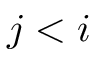
j < i